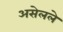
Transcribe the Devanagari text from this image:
असेलले